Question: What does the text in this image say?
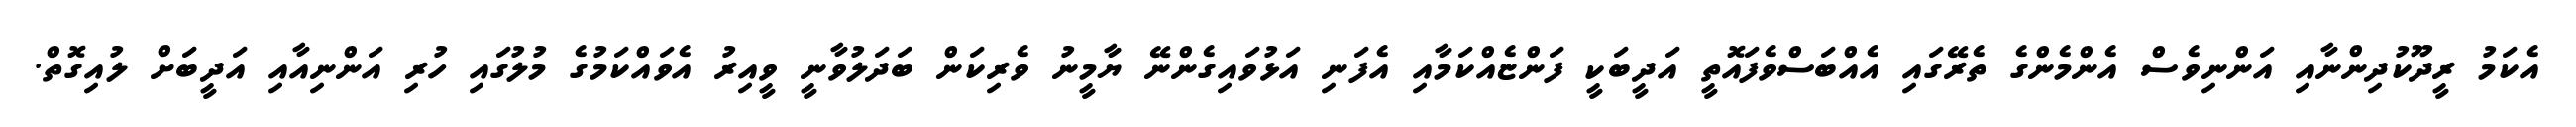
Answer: އެކަމު ރީދޫކުދިންނާއި އަންނިވެސް އެންމެންގެ ތެރޭގައި އެއްބަސްވެފައޮތީ އަދީބަކީ ފަންޏެއްކަމާއި އެފަނި އަޅުވައިގެންނޭ ޔާމީނު ވެރިކަން ބަދަލުވާނީ ވީއިރު އެވައްކަމުގެ މުލުގައި ހުރި އަންނިއާއި އަދީބަށް ލުއިގޮތް.